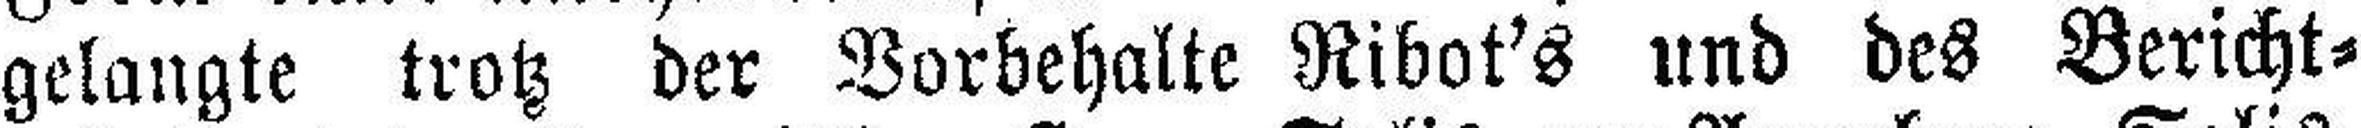
gelangte trotz der Vorbehalte Ribot's und des Bericht¬